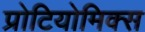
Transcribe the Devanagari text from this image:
प्रोटियोमिक्स